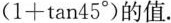
$$(1+tan45^{\circ})$$的值.